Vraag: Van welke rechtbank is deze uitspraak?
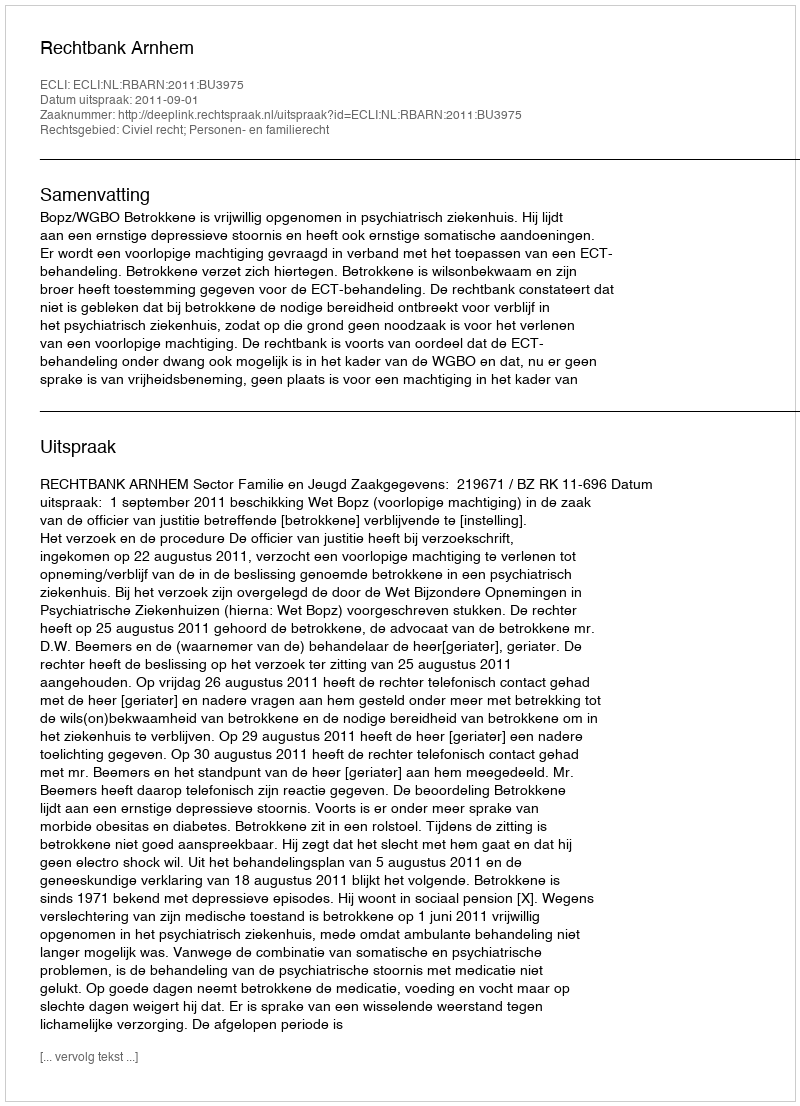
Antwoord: Rechtbank Arnhem